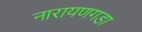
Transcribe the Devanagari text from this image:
नारायणगडा